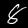
Digit: 8